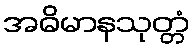
အဓိမာနသုတ္တံ